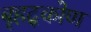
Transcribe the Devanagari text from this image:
बृहद्कोण